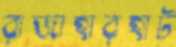
রাজাহারহাট